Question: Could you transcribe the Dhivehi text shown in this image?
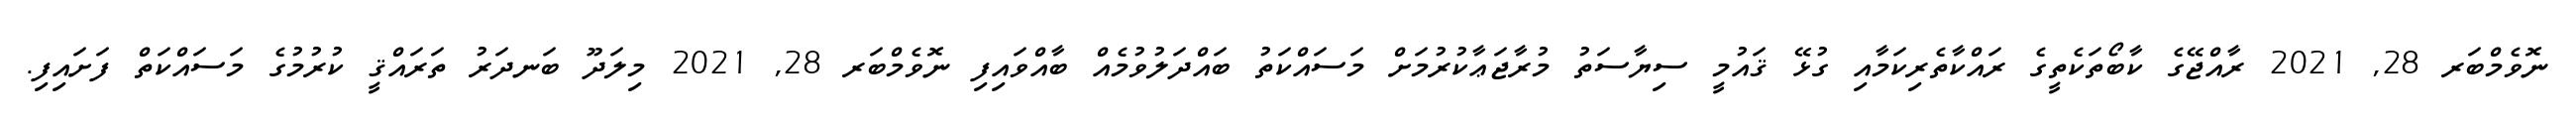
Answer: ނޮވެމްބަރ 28, 2021 ރާއްޖޭގެ ކާބޯތަކެތީގެ ރައްކާތެރިކަމާއި ގުޅޭ ޤައުމީ ސިޔާސަތު މުރާޖަޢާކުރުމަށް މަސައްކަތު ބައްދަލުވުމެއް ބާއްވައިފި ނޮވެމްބަރ 28, 2021 މިލަދޫ ބަނދަރު ތަރައްޤީ ކުރުމުގެ މަސައްކަތް ފަށައިފި.